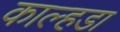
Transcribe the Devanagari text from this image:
काल्हडा